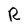
Character: R